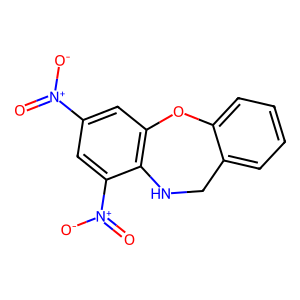
SMILES: O=[N+]([O-])c1cc2c(c([N+](=O)[O-])c1)NCc1ccccc1O2
Inhibits HIV replication: No